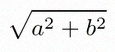
\sqrt{a^2+b^2}